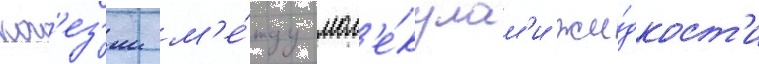
ког'ез'ии м'е́жду мол'е́кулам'и жи́дкост'и